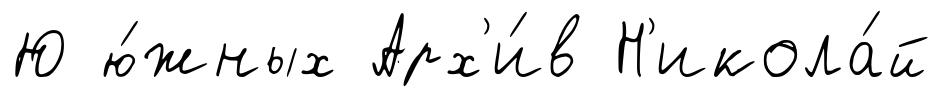
Ю ю́жных Арх'и́в Н'икола́й